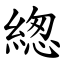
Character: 緫